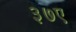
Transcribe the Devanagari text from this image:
३७ए